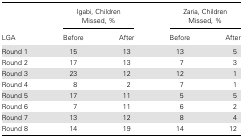
<table><thead><tr><td rowspan="2"><b>LGA</b></td><td colspan="2"><b>Igabi, Children Missed, %</b></td><td colspan="2"><b>Zaria, Children Missed, %</b></td></tr><tr><td><b>Before</b></td><td><b>After</b></td><td><b>Before</b></td><td><b>After</b></td></tr></thead><tbody><tr><td>Round 1</td><td>15</td><td>13</td><td>13</td><td>5</td></tr><tr><td>Round 2</td><td>17</td><td>13</td><td>7</td><td>3</td></tr><tr><td>Round 3</td><td>23</td><td>12</td><td>12</td><td>1</td></tr><tr><td>Round 4</td><td>8</td><td>2</td><td>7</td><td>1</td></tr><tr><td>Round 5</td><td>17</td><td>11</td><td>5</td><td>5</td></tr><tr><td>Round 6</td><td>7</td><td>11</td><td>6</td><td>2</td></tr><tr><td>Round 7</td><td>13</td><td>12</td><td>8</td><td>4</td></tr><tr><td>Round 8</td><td>14</td><td>19</td><td>14</td><td>12</td></tr></tbody></table>